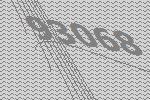
93068